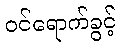
ဝင်ရောက်ခွင့်